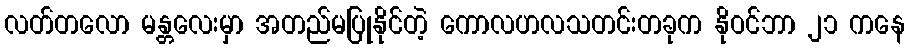
လတ်တလော မန္တလေးမှာ အတည်မပြုနိုင်တဲ့ ကောလဟလသတင်းတခုက နိုဝင်ဘာ ၂၁ ကနေ